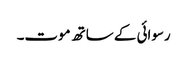
رسوائی کے ساتھ موت۔